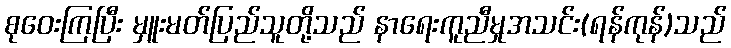
စုဝေးကြပြီး မှူးမတ်ပြည်သူတို့သည် နာရေးကူညီမှုအသင်း(ရန်ကုန်)သည်